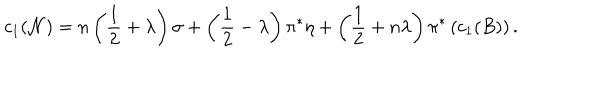
LaTeX: c _ { 1 } ( { \cal N } ) = n \left( { \frac { 1 } { 2 } } + \lambda \right) \sigma + \left( { \frac { 1 } { 2 } } - \lambda \right) \pi ^ { * } \eta + \left( { \frac { 1 } { 2 } } + n \lambda \right) \pi ^ { * } \left( c _ { 1 } ( B ) \right) .